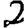
Digit: 2